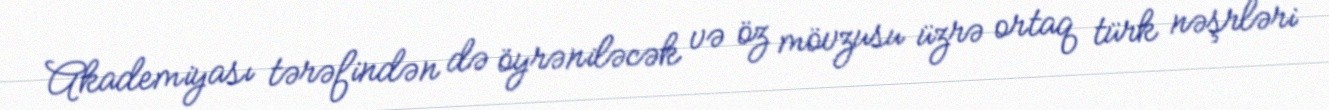
Akademiyası tərəfindən də öyrəniləcək və öz mövzusu üzrə ortaq türk nəşrləri